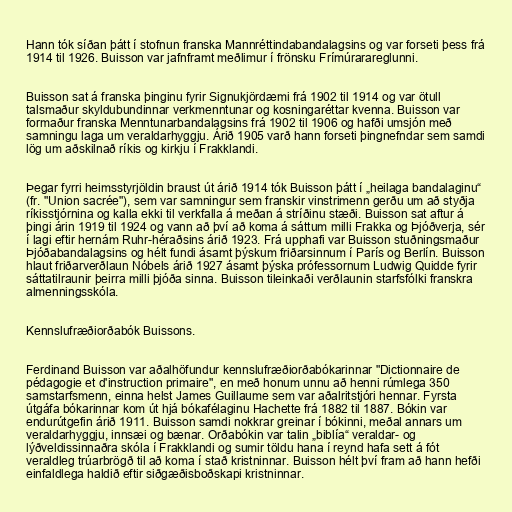
Hann tók síðan þátt í stofnun franska Mannréttindabandalagsins og var forseti þess frá
1914 til 1926. Buisson var jafnframt meðlimur í frönsku Frímúrarareglunni.

Buisson sat á franska þinginu fyrir Signukjördæmi frá 1902 til 1914 og var ötull
talsmaður skyldubundinnar verkmenntunar og kosningaréttar kvenna. Buisson var
formaður franska Menntunarbandalagsins frá 1902 til 1906 og hafði umsjón með
samningu laga um veraldarhyggju. Árið 1905 varð hann forseti þingnefndar sem samdi
lög um aðskilnað ríkis og kirkju í Frakklandi.

Þegar fyrri heimsstyrjöldin braust út árið 1914 tók Buisson þátt í „heilaga bandalaginu“
(fr. "Union sacrée"), sem var samningur sem franskir vinstrimenn gerðu um að styðja
ríkisstjórnina og kalla ekki til verkfalla á meðan á stríðinu stæði. Buisson sat aftur á
þingi árin 1919 til 1924 og vann að því að koma á sáttum milli Frakka og Þjóðverja, sér
í lagi eftir hernám Ruhr-héraðsins árið 1923. Frá upphafi var Buisson stuðningsmaður
Þjóðabandalagsins og hélt fundi ásamt þýskum friðarsinnum í París og Berlín. Buisson
hlaut friðarverðlaun Nóbels árið 1927 ásamt þýska prófessornum Ludwig Quidde fyrir
sáttatilraunir þeirra milli þjóða sinna. Buisson tileinkaði verðlaunin starfsfólki franskra
almenningsskóla.

Kennslufræðiorðabók Buissons.

Ferdinand Buisson var aðalhöfundur kennslufræðiorðabókarinnar "Dictionnaire de
pédagogie et d'instruction primaire", en með honum unnu að henni rúmlega 350
samstarfsmenn, einna helst James Guillaume sem var aðalritstjóri hennar. Fyrsta
útgáfa bókarinnar kom út hjá bókafélaginu Hachette frá 1882 til 1887. Bókin var
endurútgefin árið 1911. Buisson samdi nokkrar greinar í bókinni, meðal annars um
veraldarhyggju, innsæi og bænar. Orðabókin var talin „biblía“ veraldar- og
lýðveldissinnaðra skóla í Frakklandi og sumir töldu hana í reynd hafa sett á fót
veraldleg trúarbrögð til að koma í stað kristninnar. Buisson hélt því fram að hann hefði
einfaldlega haldið eftir siðgæðisboðskapi kristninnar.